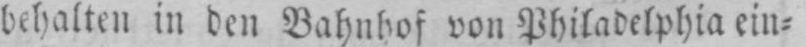
behalten in den Bahnhof von Philadelphia ein⸗